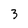
Character: 3